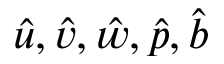
\hat { u } , \hat { v } , \hat { w } , \hat { p } , \hat { b }